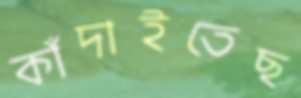
কাঁদাইতেছ